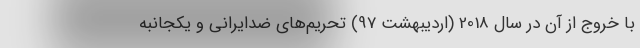
با خروج از آن در سال 2018 (اردیبهشت 97) تحریم‌های ضدایرانی و یکجانبه